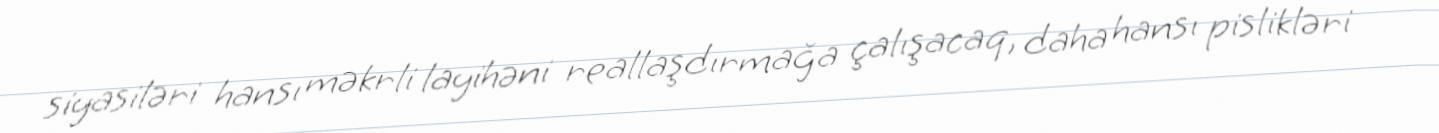
siyasiləri hansı məkrli layihəni reallaşdırmağa çalışacaq, daha hansı pislikləri